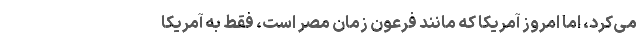
می‌کرد، اما امروز آمریکا که مانند فرعون زمان مصر است، فقط به آمریکا